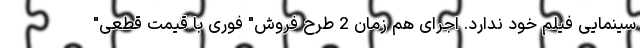
سینمایی فیلم خود ندارد. اجرای هم زمان 2 طرح فروش" فوری با قیمت قطعی"